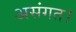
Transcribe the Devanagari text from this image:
असंगत।